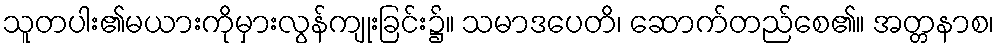
သူတပါး၏မယားကိုမှားလွန်ကျုးခြင်း၌။ သမာဒပေတိ၊ ဆောက်တည်စေ၏။ အတ္တနာစ၊